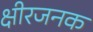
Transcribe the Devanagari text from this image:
क्षीरजनक